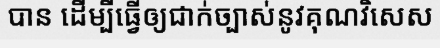
បាន ដើម្បីធ្វើឲ្យជាក់ច្បាស់នូវគុណវិសេស